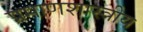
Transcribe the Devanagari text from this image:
प्रमाणशास्त्रीय